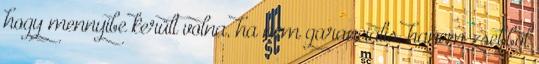
hogy mennyibe került volna, ha nem garanciális, hanem zsebből